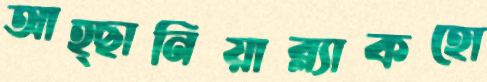
আহ্ছানিয়াব্ল্যাকহো